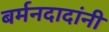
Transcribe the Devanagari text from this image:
बर्मनदादांनी